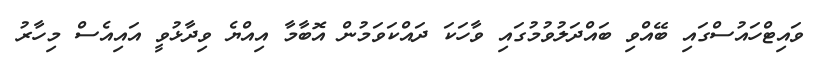
ވައިޓްހައުސްގައި ބޭއްވި ބައްދަލުވުމުގައި ވާހަކަ ދައްކަވަމުން އޮބާމާ އިއްޔެ ވިދާޅުވީ އައިއެސް މިހާރު